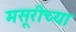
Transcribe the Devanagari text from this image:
मसूरीच्या